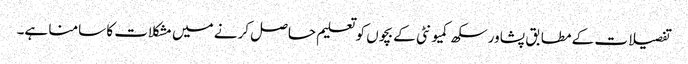
تفصیلات کے مطابق پشاور سکھ کمیونٹی کے بچوں کو تعلیم حاصل کرنے میں مشکلات کا سامنا ہے۔